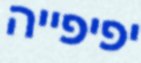
יפיפייה